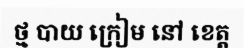
ថ្ម បាយ ក្រៀម នៅ ខេត្ត